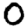
Digit: 0